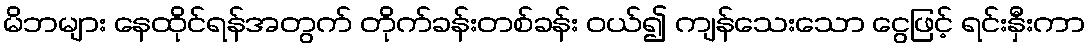
မိဘများ နေထိုင်ရန်အတွက် တိုက်ခန်းတစ်ခန်း ဝယ်၍ ကျန်သေးသော ငွေဖြင့် ရင်းနှီးကာ